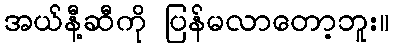
အယ်နီ့ဆီကို ပြန်မလာတော့ဘူး။